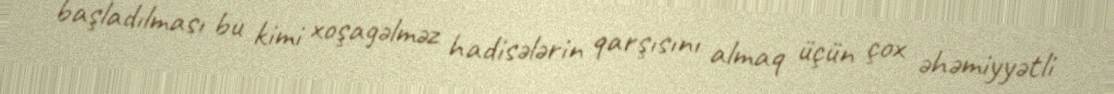
başladılması bu kimi xoşagəlməz hadisələrin qarşısını almaq üçün çox əhəmiyyətli